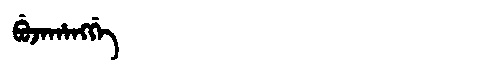
Manchu: ᠪᡠᠵᠠᡥᠠᠩᡤᡝ
Romanization: BUJAHANGGE